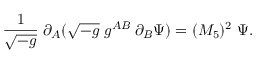
{ \frac { 1 } { \sqrt { - g } } } \; \partial _ { A } ( \sqrt { - g } \; g ^ { A B } \; \partial _ { B } \Psi ) = ( M _ { 5 } ) ^ { 2 } \; \Psi .